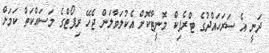
ދަނީ އެ ސަރަހައްދުގެ ޓްރެފިކް މޮނީޓާކޮށް އެކުލަވާލަން ޖެހޭ ރިޕޯޓްގެ މަސައްކަތް ކަމަށް